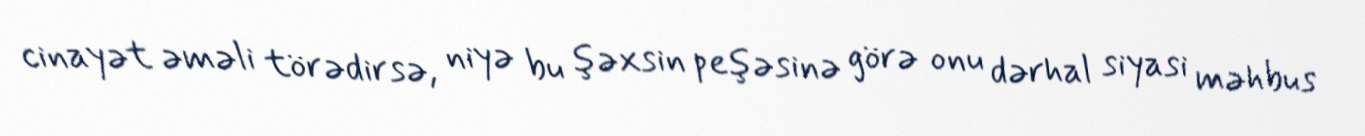
cinayət əməli törədirsə, niyə bu şəxsin peşəsinə görə onu dərhal siyasi məhbus